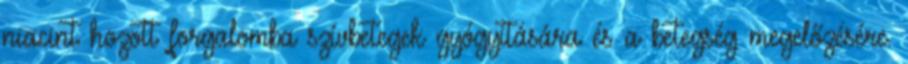
niacint hozott forgalomba szívbetegek gyógyítására és a betegség megelőzésére.